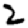
Digit: 2